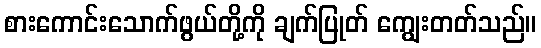
စားကောင်းသောက်ဖွယ်တို့ကို ချက်ပြုတ် ကျွေးတတ်သည်။